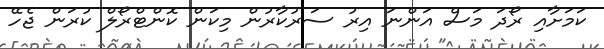
ކަމަށާއި ރޯދަ މަސް އަންނަ އިރު ސަރުކާރުން މިކަން ކޮންޓްރޯލް ކުރަން ޖެހޭ